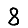
Digit: 8